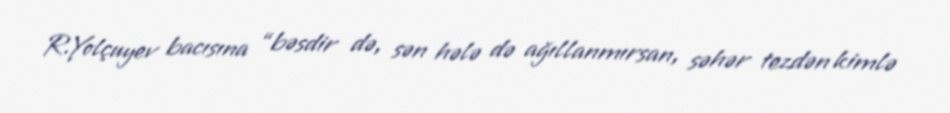
R.Yolçuyev bacısına “bəsdir də, sən hələ də ağıllanmırsan, səhər tezdən kimlə